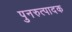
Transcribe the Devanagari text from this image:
पुनरुत्‍पादक